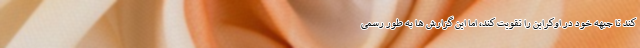
کند تا جبهه خود در اوکراین را تقویت کند، اما این گزارش ها به طور رسمی